65_HS1-834228961_62-HQ-83894_Section_10
Agency: FBI
Page 30
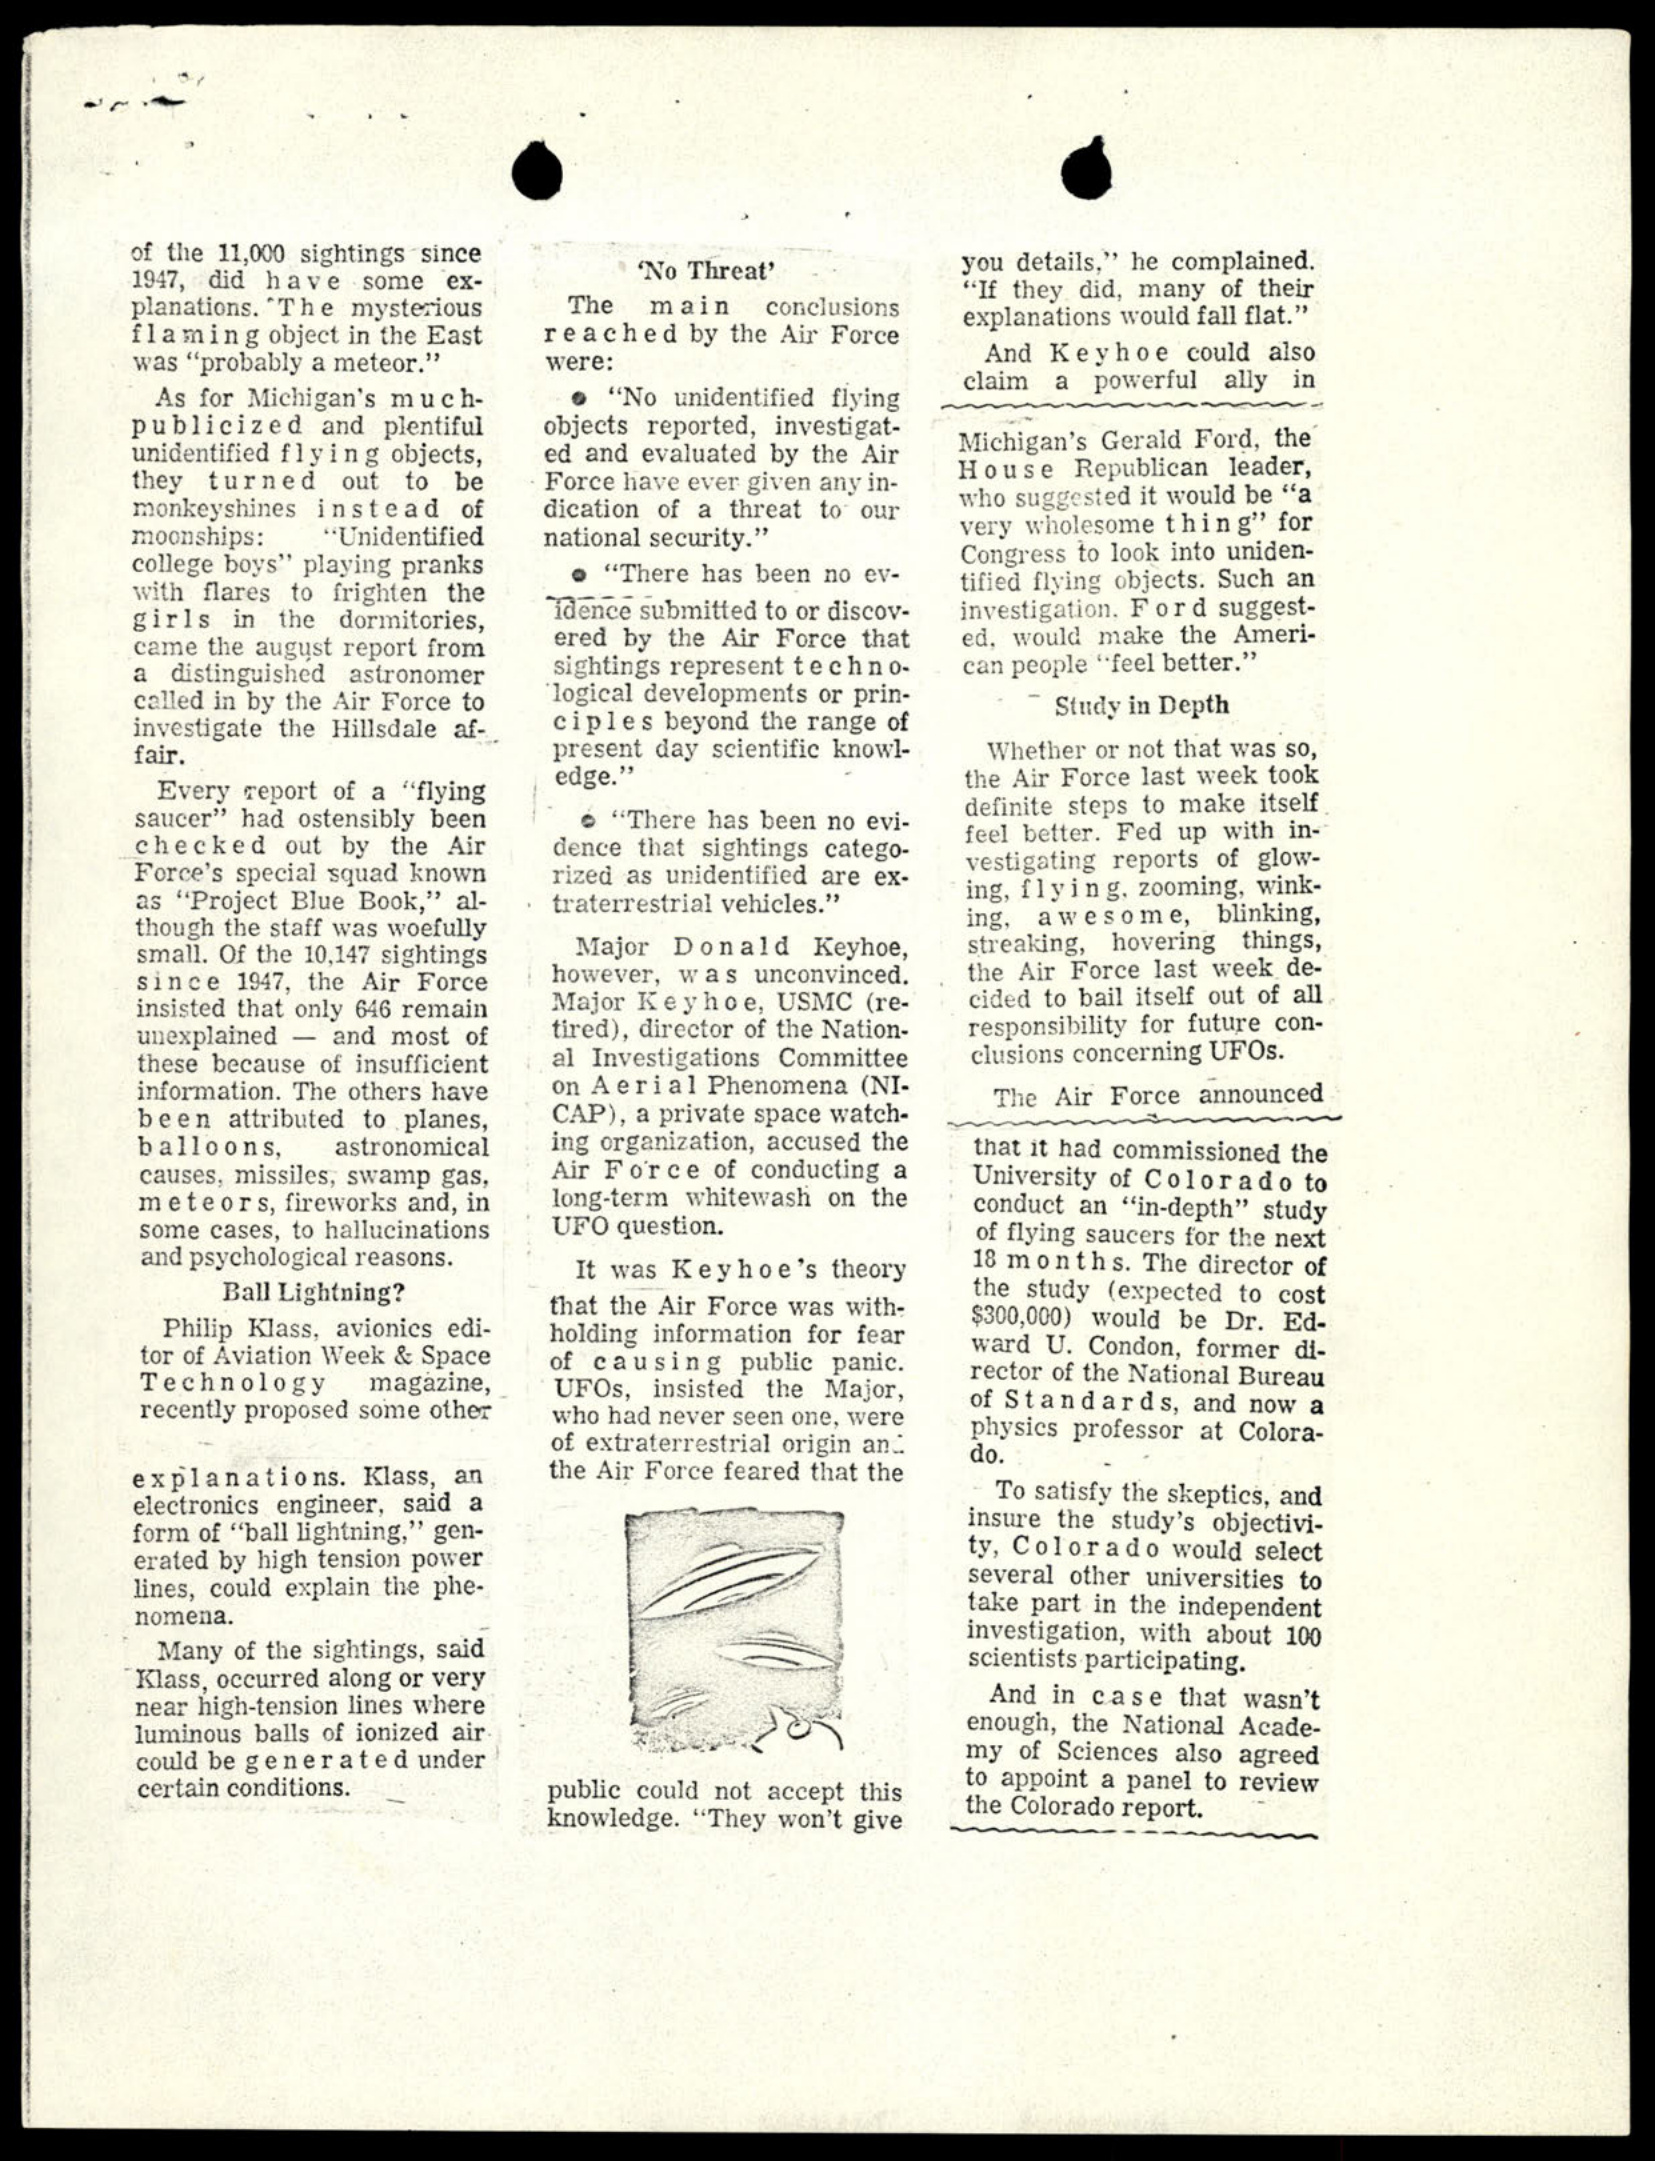